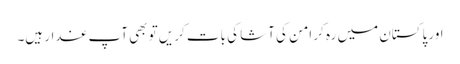
اور پاکستان میں رہ کر امن کی آشا کی بات کریں تو بھی آپ غدار ہیں۔